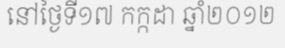
នៅថ្ងៃទី១៧ កក្កដា ឆ្នាំ២០១២